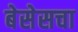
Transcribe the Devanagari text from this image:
बेसेसचा